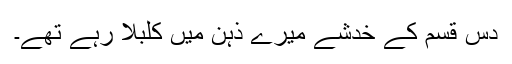
دس قسم کے خدشے میرے ذہن میں کلبلا رہے تھے۔